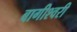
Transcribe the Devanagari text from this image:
बागीश्वरी